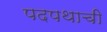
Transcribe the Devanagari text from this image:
पदपथाची